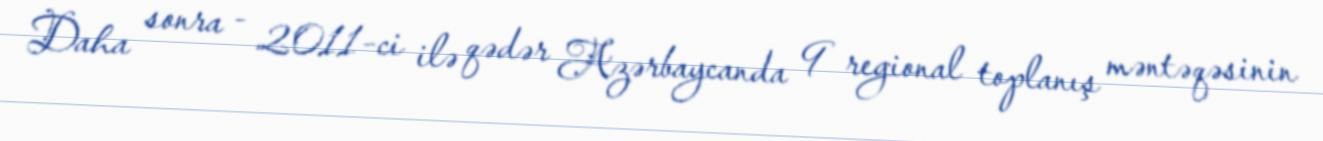
Daha sonra - 2011-ci ilə qədər Azərbaycanda 9 regional toplanış məntəqəsinin